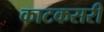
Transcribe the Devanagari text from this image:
काटकसरी